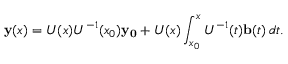
\mathbf { y } ( x ) = U ( x ) U ^ { - 1 } ( x _ { 0 } ) \mathbf { y _ { 0 } } + U ( x ) \int _ { x _ { 0 } } ^ { x } U ^ { - 1 } ( t ) \mathbf { b } ( t ) \, d t .